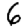
Digit: 6